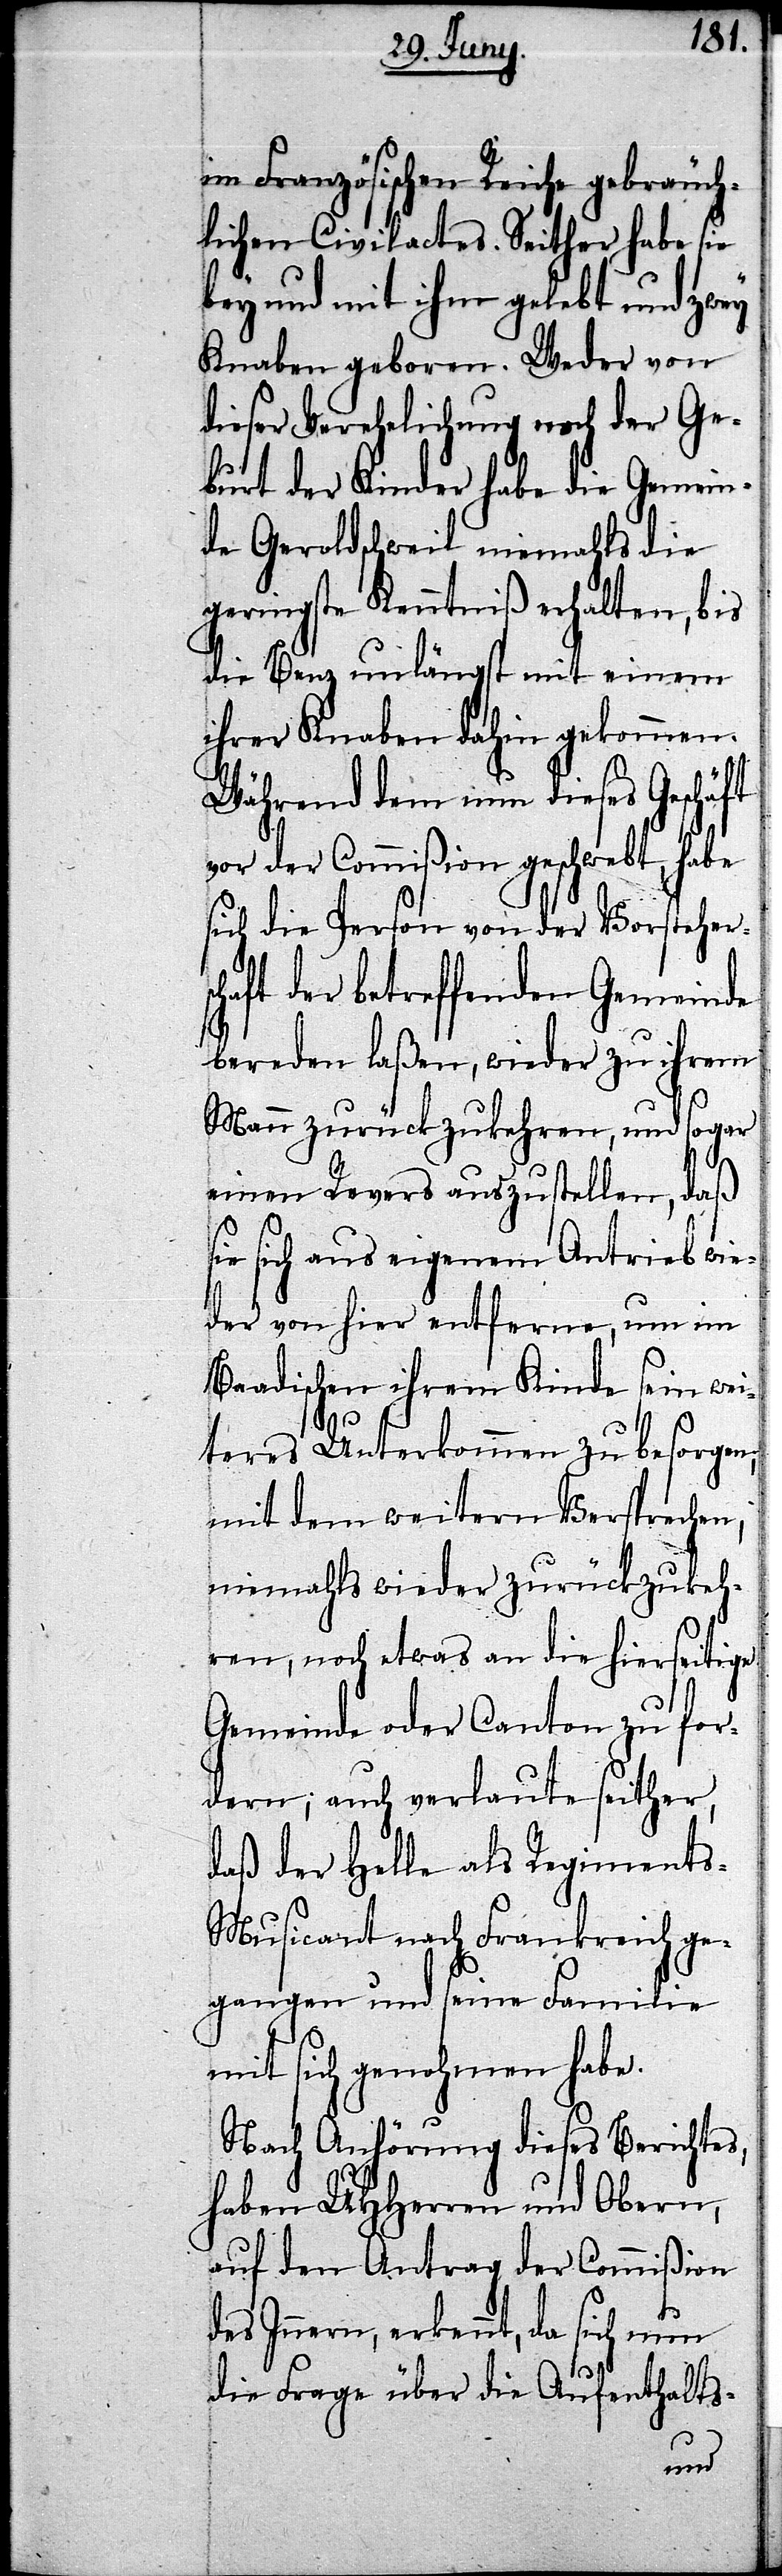
im Französischen Reiche gebräuch¬
lichen Civilactes. Seither habe sie
bey und mit ihm gelebt und zwey
Knaben geboren. Weder von
dieser Verehelichung noch der Ge¬
burt der Kinder habe die Gemein¬
de Geroldschweil niemahls die
geringste Kenntniß erhalten, bis
die Benz unlängst mit einem
ihrer Knaben dahin gekommen.
Während dem nun dieses Geschä¬
vor der Commißion geschwebt, habe
sich die Person von der Vorstehersc¬
haft der betreffenden Gemeinde
bereden laßen, wieder zu ihrem
Mann zurückzukehren, und sogar
einen Revers auszustellen, daß
ie sich aus eigenem Antrieb wie¬
der von hier entferne, um im
Baadischen ihrem Kinde sein wei¬
s¬
teres Unterkommen zu besorgen,
mit dem weitern Versprechen,
niemahls wieder zurückzukeh¬
ren, noch etwas an die hierseitige
Gemeinde oder Canton zu for¬
dern; auch verlaute seither,
daß der Helle als Regiment¬
s-Musicant nach Frankreich ge¬
gangen und seine Familie
mit sich genohmen habe.
Nach Anhörung dieses Berichtes,
haben UHHerren und Obern,
auf den Antrag der Commißion
des Innern, erkennt, da sich nun
die Frage über die Aufenthalts-